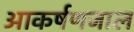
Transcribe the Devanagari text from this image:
आकर्षणजाल